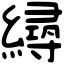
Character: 𦅛